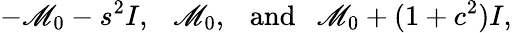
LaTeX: -\mathscr{M}_{0}-s^{2}I,~~~\mathscr{M}_{0},~~~\mathrm{{and}}~~~\mathscr{M}_{0}+(1+c^{2})I,